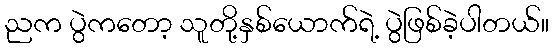
ညက ပွဲကတော့ သူတို့နှစ်ယောက်ရဲ့ ပွဲဖြစ်ခဲ့ပါတယ်။